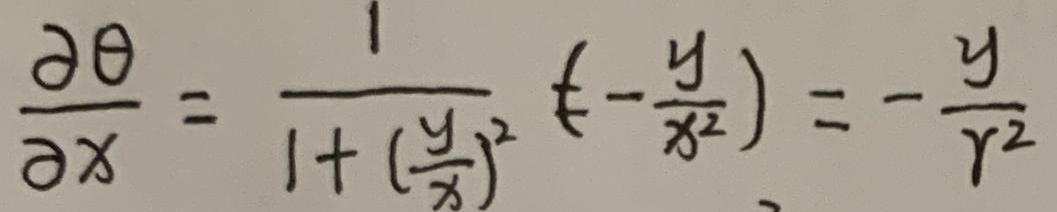
$\frac{\partial \theta}{\partial x} = \frac{1}{1 + (\frac{y}{x})^2} (-\frac{y}{x^2}) = -\frac{y}{r^2}$